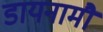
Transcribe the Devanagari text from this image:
डायनामौ